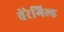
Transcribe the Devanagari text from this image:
वेरेगिल्ड